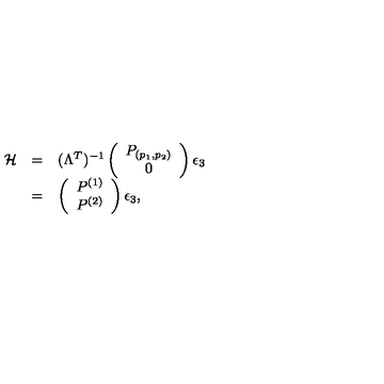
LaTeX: \begin{array} { r c l } { { \cal H } } & { = } & { ( \Lambda ^ { T } ) ^ { - 1 } \left( \begin{array} { c } { P _ { ( p _ { 1 } , p _ { 2 } ) } } \\ { 0 } \\ \end{array} \right) \epsilon _ { 3 } } \\ { } & { = } & { \left( \begin{array} { c } { P ^ { ( 1 ) } } \\ { P ^ { ( 2 ) } } \\ \end{array} \right) \epsilon _ { 3 } , } \\ \end{array}